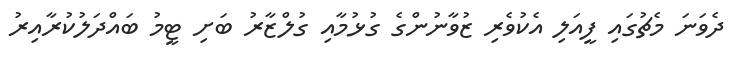
ދެވަނަ މެޗުގައި ފީއަލި އެކުވެރި ޒުވާނުންގެ ގުޅުމާއި ގުލްޒާރު ބަށި ޓީމު ބައްދަލުކުރާއިރު